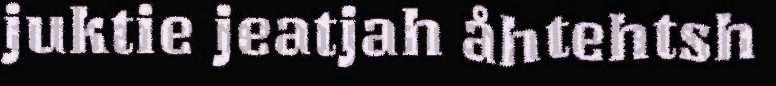
juktie jeatjah åhtehtsh